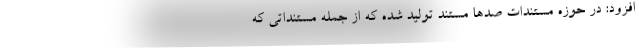
افزود: در حوزه مستندات صدها مستند تولید شده که از جمله مستنداتی که